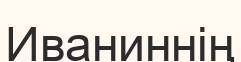
Иваниннің